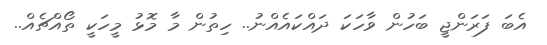
އެބަ ފަރަންޖީ ބަހުން ވާހަކަ ދައްކައެއްނު.. ހިތުން މާ މޮޅު މީހަކީ ތޯއްޗެއް..